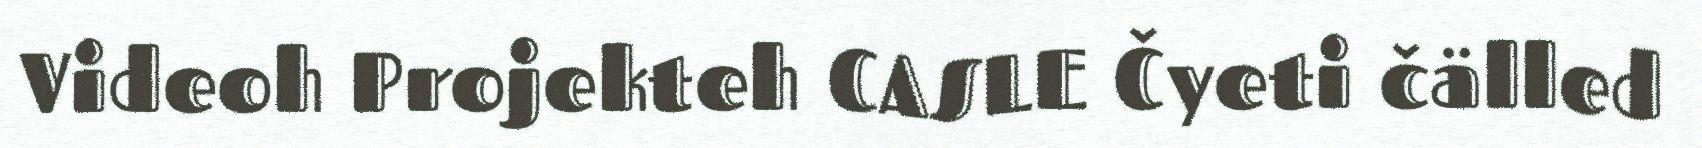
Videoh Projekteh CASLE Čyeti čälled